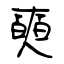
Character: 奭